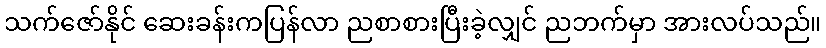
သက်ဇော်နိုင် ဆေးခန်းကပြန်လာ ညစာစားပြီးခဲ့လျှင် ညဘက်မှာ အားလပ်သည်။